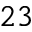
^ { 2 3 }